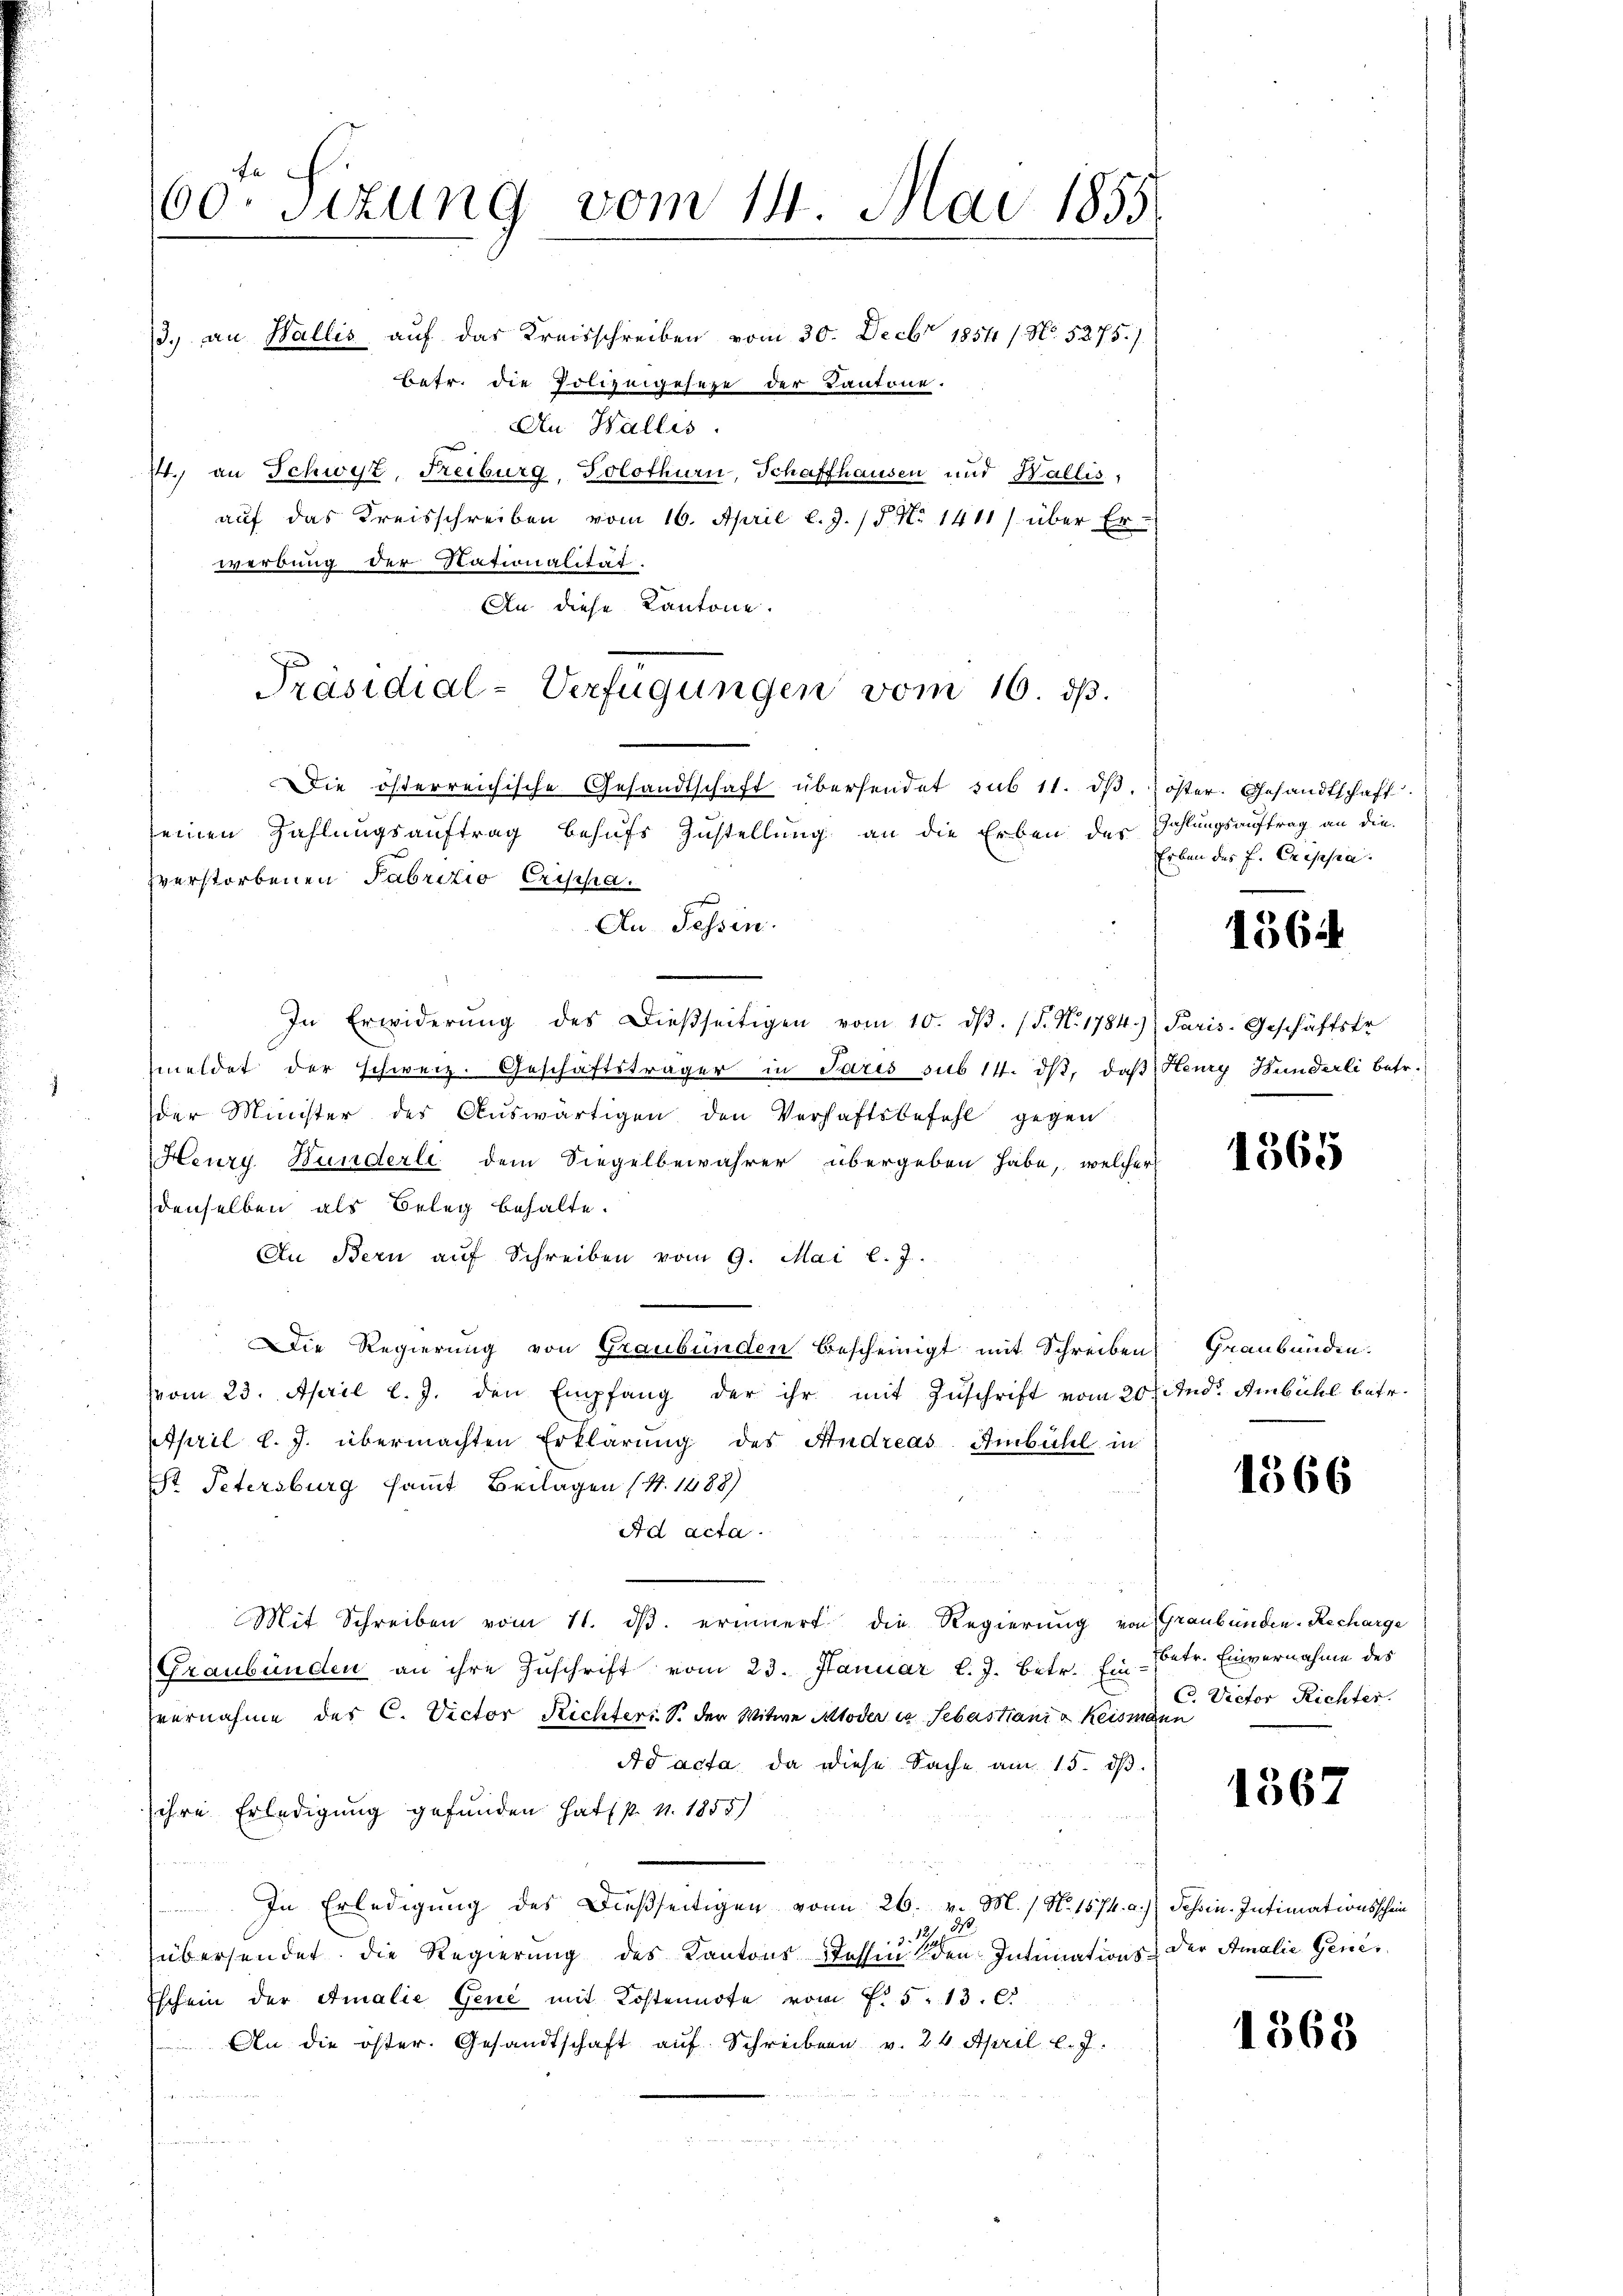
100. Sizung vom 14. Mai 1855.

/3. an Wallis auf das Kreisschreiben vom 30. Decbr 1854 / No. 5275./
Betr. die Polizeigeseze der Kantone.
An Wallis.
71., an Schwyz, Freiburg, Solothurn, Schaffhausen und Wallis,
auf das Kreisschreiben vom 16. April l. J. / 5. No 1411/ über Er-
werbung der Nationalität.
An diese Kantone.

Präsidial-Verfügungen vom 16. ds.

Die österreichische Gesandtschaft übersendet sub 11. dβ, Koster. Gesandtschaft.
seinen Zahlungsauftrag behufs Zustellung an die Erben der Zahlungsauftrag an die
zverstorbenen Fabrizio Crisha
Au Tessin.
In Erwiderŭng des Dießseitigen vom 10. dβ. (S. N. 1784.) Paris-Geschäftsfr
meldet der schweiz. Geschäftsträger in Paris sub 14. dβ, daβ Henry Hunderli betr.
der Minister des Auswärtigen den Verhaftsbefehl gegen
Heury Hunderli dem Siegelbewahrer übergeben habe, welcher
denselben als Beleg behalte.
An Bern aŭf Schreiben vom 9. Mai l. J.
Die Regierung von Graubünden bescheinigt mit Schreiben Graubünden.
vom 23. April l. J. den Empfang der ihr mit Zuschrift vom 20. And. Ambühl betr.
April l. J. übermachten Erklärung des Andreas Ambühl in
st Petersburg sammt Beilagen (S. 1488)
Ad acta.
Mit Schreiben vom 11. dβ. erinnert die Regierŭng von Graubünden-Recharge
Graubünden an ihre Zuschrift vom 23. Januar l. J. Betr. Ein- Betr. Einvernahme des
vernahme des C. Victor Richters. S. der Witwe Moder in Sebastiania Keismann
Ad acta da diese Sache am 15. ds.
ihre Erledigung gefunden hat, s. v. 1855)
In Erledigung des Dießseitigen von 26. v. M. / N. 1874. a.)
3.12. d.
übersendet, die Regierung des Kantons Stossen den Intimations-
Eschein der Amalie Gene mit Kostennote vom 7. 513. 6.
An die öster. Gesandtschaft aŭf Schreiben v. 26. April l. J.

Erben des H. Cresia.

1364

1365

1366

C. Victor Richter.

1367

Tessin. Intimationsschein
Der Amalie Genes.

1368